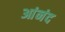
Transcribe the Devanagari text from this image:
आंनंद